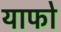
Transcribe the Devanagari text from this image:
याफो